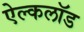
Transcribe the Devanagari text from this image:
ऐल्कलॉड